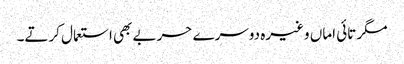
مگر تائی اماں وغیرہ دوسرے حربے بھی استعمال کرتے۔